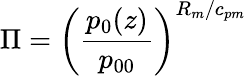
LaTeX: \Pi=\left(\frac{p_{0}(z)}{p_{00}}\right)^{R_{m}/c_{pm}}